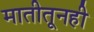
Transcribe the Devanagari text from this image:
मातीतूनही